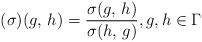
LaTeX: \begin{align*}(\sigma)(g,\,h) = \frac{\sigma(g,\,h)}{\sigma(h,\,g)},g,h\in \Gamma\end{align*}